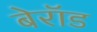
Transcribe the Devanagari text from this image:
बेरॉड